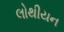
લોથીયન